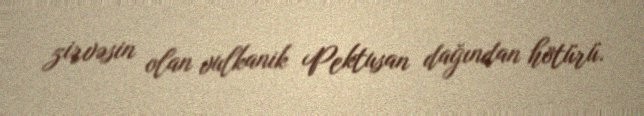
zirvəsin olan vulkanik Pektusan dağından hötürü.